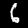
Label: 6